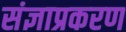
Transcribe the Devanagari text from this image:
संज्ञाप्रकरण